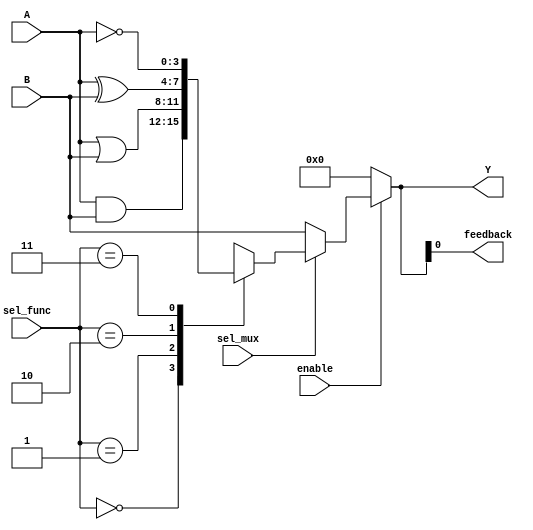
module CLB (
    input wire [3:0] A,           // 4-bit input port
    input wire [3:0] B,           // 4-bit input port
    input wire [1:0] sel_func,    // Function select for LFUs
    input wire sel_mux,           // Mux select signal
    input wire enable,            // Enable signal
    output wire [3:0] Y,          // 4-bit output port
    output wire feedback           // Feedback output
);

// Logic Function Unit (LFU) - 4-bit LUT
wire [3:0] lut_out;

// LUT implementation based on sel_func
always @(*) begin
    case(sel_func)
        2'b00: lut_out = A & B;      // AND
        2'b01: lut_out = A | B;      // OR
        2'b10: lut_out = A ^ B;      // XOR
        2'b11: lut_out = ~A;         // NOT (only A)
        default: lut_out = 4'b0000;  // Default case
    endcase
end

// Multiplexer to select between LUT output and another input
wire [3:0] mux_out;
assign mux_out = (sel_mux) ? lut_out : B; // Select between lut_out and B

// Enable control logic
assign Y = enable ? mux_out : 4'b0000; // Output is zero if not enabled

// Feedback path
assign feedback = Y[0]; // Example feedback from the least significant bit of Y

endmodule